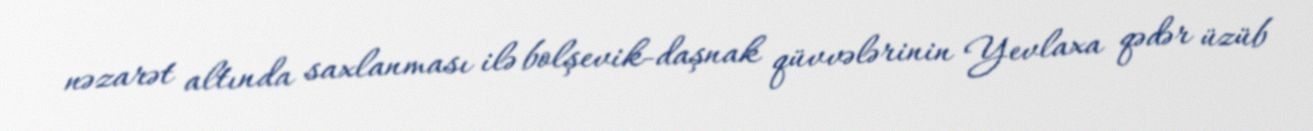
nəzarət altında saxlanması ilə bolşevik-daşnak qüvvələrinin Yevlaxa qədər üzüb